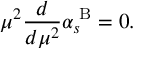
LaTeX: \mu ^ { 2 } \frac { d } { d \mu ^ { 2 } } \alpha _ { s } ^ { \mathrm { \tiny ~ B } } = 0 .